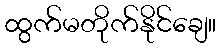
ထွက်မတိုက်နိုင်ချေ။